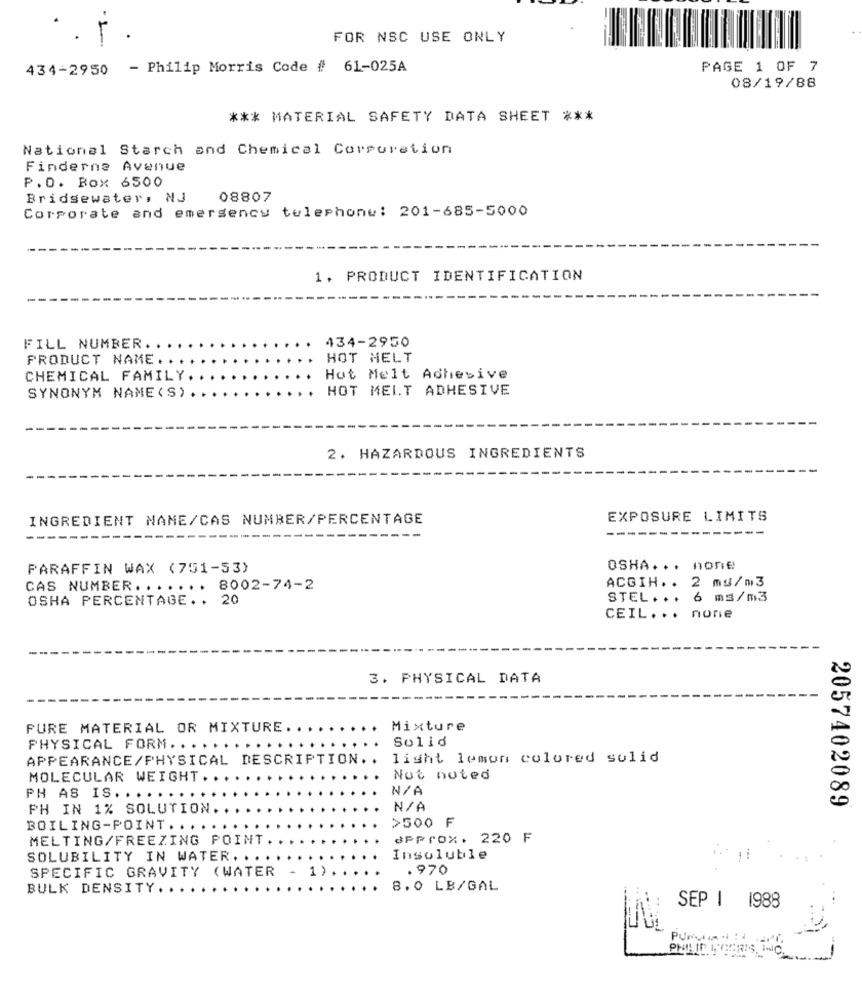
FOR NSC USE ONLY
434-2950 - Philip Morris Code # 61-025A
PAGE 1 OF 7
08/19/88
*** MATERIAL SAFETY DATA SHEET ***
National Starch and Chemical Corporation
Finderne Avenue
P.O. Box 6500
Bridgewater, NJ
08807
Corporate and emergency telephone: 201-685-5000
1. PRODUCT IDENTIFICATION
434-2950
FILL NUMBER.
PRODUCT NAME . . .
HOT MELT
CHEMICAL FAMILY.
Hot Melt Adhesive
HOT MELT ADHESIVE
SYNONYM NAME (S).
2. HAZARDOUS INGREDIENTS
INGREDIENT NAME/CAS NUMBER/PERCENTAGE
EXPOSURE LIMITS
------
------
----
PARAFFIN WAX (751-53)
OSHA ... none
ACGIH .. 2 mg/m3
CAS NUMBER. . ..... 8002-74-2
OSHA PERCENTAGE .. 20
STEL ... 6 ms/m3
CEIL ... none
3. PHYSICAL DATA
PURE MATERIAL OR MIXTURE.
Mixture
Solid
PHYSICAL FORM . . . ... . ....
APPEARANCE/PHYSICAL DESCRIPTION.
light lemon colored solid
MOLECULAR WEIGHT.
Not noted
PH AS IS ......
2057402089
PH IN 1% SOLUTION
BOILING-POINT. ....
...
>500 F
MELTING/FREEZING POINT
SPProX. 220 F
SOLUBILITY IN WATER. ...
Insoluble
SPECIFIC GRAVITY (WATER
. 970
BULK DENSITY.
8.0 LB/GAL
SEP 1 1988
.-